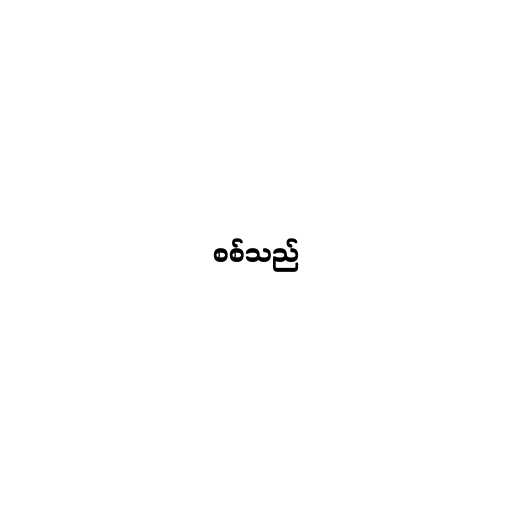
စစ်သည်